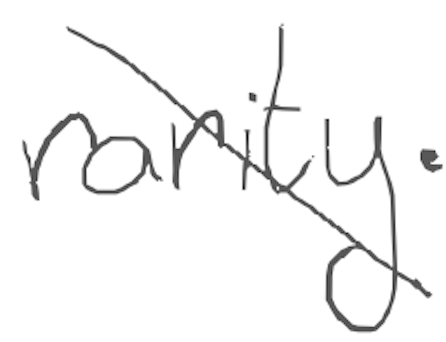
Text: rarity.
Cross-out: diagonal
Writing tool: digital_gray